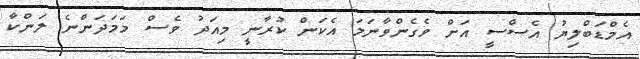
އެމްޑަބްލިޔު އެސްސީ އަށް ވެގެންވާނަމަ އެކަން ކުރާނީ މިއަދު ވެސް މަމަދަންނެ ލަންކާ